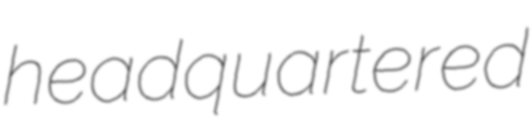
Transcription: headquartered